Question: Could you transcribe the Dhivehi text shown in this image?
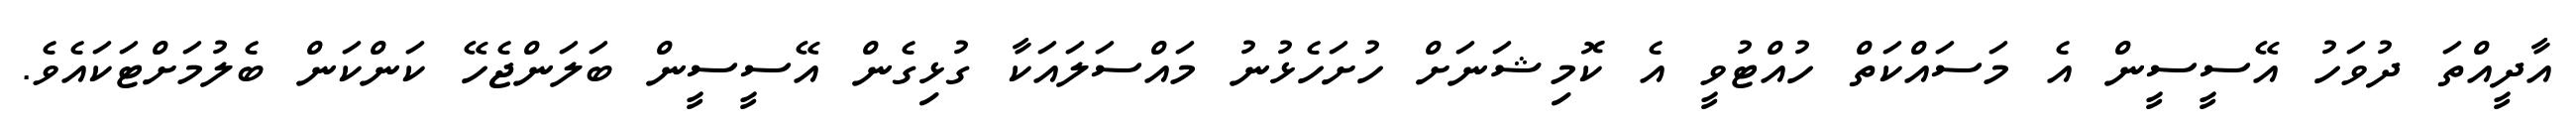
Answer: އާދީއްތަ ދުވަހު އޭސީސީން އެ މަސައްކަތް ހުއްޓުވީ އެ ކޮމިޝަނަށް ހުށަހެޅުނު މައްސަލައަކާ ގުޅިގެން އޭސީސީން ބަލަންޖެހޭ ކަންކަން ބެލުމަށްޓަކައެވެ.